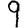
Digit: 9